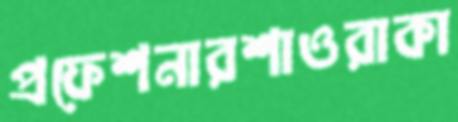
প্রফেশনারশাওরাকা